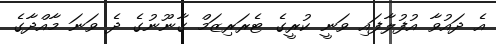
އެ ދައުވާ އުފުލާފައި ވަނީ ކުރީގެ ޓެރަރިޒަމް ގާނޫނުގެ ދެ ވަނަ މާއްދާގެ